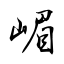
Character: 嵋